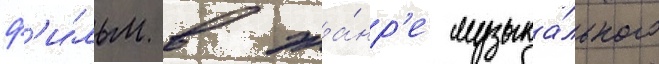
ф'и́льм в жа́нр'е музыка́льного